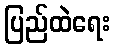
ပြည်ထဲရေး